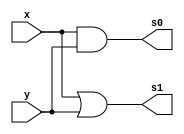
// ------------------------- 
// Exemplo_0702  
// Nome: Larissa Domingues Gomes 
// ------------------------- 

module A (output s0, s1, input x,y);

	and AND1 (s0, x, y);
	or  OR1 (s1, x, y);

endmodule

module MUX(output s0, input x,y, seletor);
    wire sa, so, notseletor, sa1, sa2;
    
    A ModA(sa, so, x, y);
    
    not NOT1 (notseletor, seletor);
    and AND1(sa1, sa, seletor);
    and AND2(sa2, so, notseletor);
    or OR1 (s0, sa1, sa2);
    
endmodule    
    
module ValoresIniciais;

reg a, b, seletor;
wire s0, s1;

MUX MUX1   (s0, a, b, seletor);
initial
begin : start

	a = 1'bx;
	b = 1'bx;

end

initial
begin : main

	$display("Exemplo_0702 - Larissa Gomes - 650525");
	$display("Expressoes booleanas");
	
	#1 a = 0; b = 0; seletor = 0;
	$display("seletor a  b  =  s0  ");
   $monitor("%2b     %2b %2b  = %2b ",seletor, a, b, s0);
		
	#1 a = 0; b = 1; seletor = 0;
	#1 a = 1; b = 0; seletor = 0;
	#1 a = 1; b = 1; seletor = 0;
	#1 a = 0; b = 0; seletor = 1;
	#1 a = 0; b = 1; seletor = 1;
	#1 a = 1; b = 0; seletor = 1;
	#1 a = 1; b = 1; seletor = 1;
end
endmodule